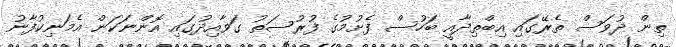
ތިން ދުވަސް ތެރޭގައި އިބްތިދާއީ ބަހުސް ފެށުމުގެ ފުރުސަތު ގަވާއިދުގައި އޮންނަކަން އެމަނިކުފާނު